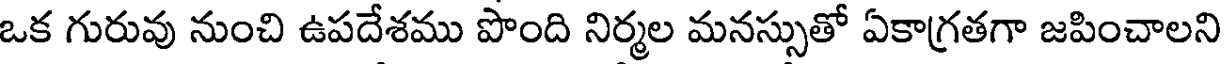
ఒక గురువు నుంచి ఉపదేశము పొంది నిర్మల మనస్సుతో ఏకాగ్రతగా జపించాలని